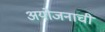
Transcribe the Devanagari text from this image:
अयोजनाची